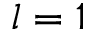
l = 1